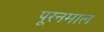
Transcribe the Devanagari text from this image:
पूरनमाल